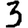
Digit: 3